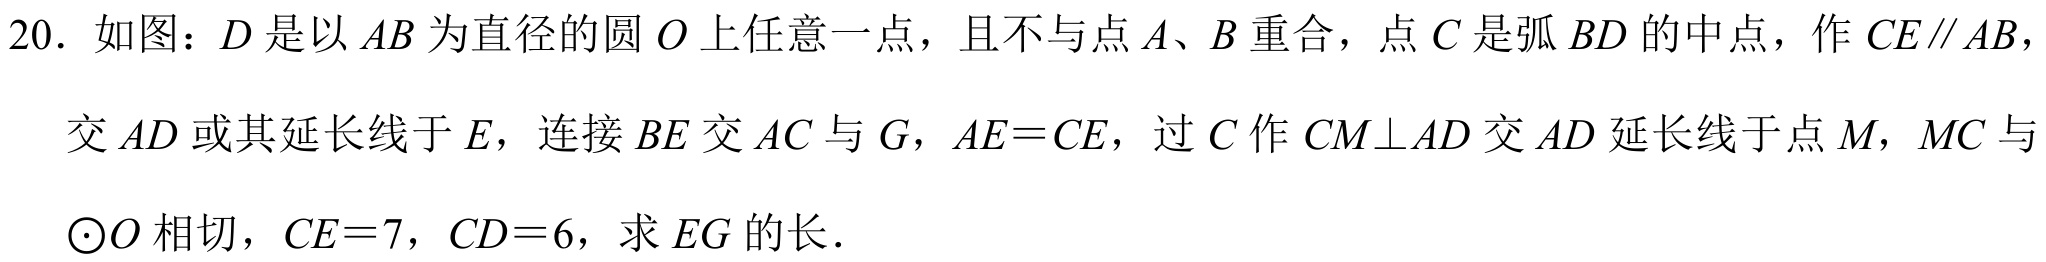
20. 如图：\(D\)是以\(AB\)为直径的圆\(O\)上任意一点，且不与点\(A\)、\(B\)重合，点\(C\)是弧\(BD\)的中点，作\(CE\parallel AB\)，交\(AD\)或其延长线于\(E\)，连接\(BE\)交\(AC\)与\(G\)，\(AE = CE\)，过\(C\)作\(CM\perp AD\)交\(AD\)延长线于点\(M\)，\(MC\)与\(\odot O\)相切，\(CE = 7\)，\(CD = 6\)，求\(EG\)的长．